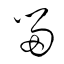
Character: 留